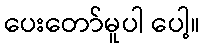
ပေးတော်မူပါ ပေါ့။